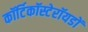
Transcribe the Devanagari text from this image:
कॉर्टिकॉस्टेरॉयडों